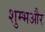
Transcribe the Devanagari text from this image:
शुम्भऔर